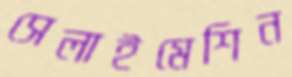
সেলাইমেশিন